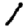
Digit: 1